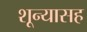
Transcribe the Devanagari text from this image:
शून्यासह